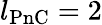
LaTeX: l_{\mathrm{PnC}}=2